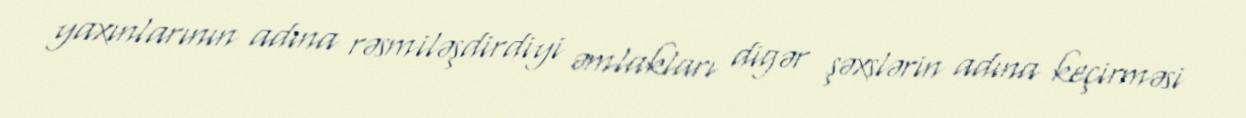
yaxınlarının adına rəsmiləşdirdiyi əmlakları digər şəxslərin adına keçirməsi